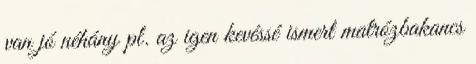
van jó néhány pl. az igen kevéssé ismert matrózbakancs